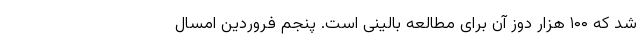
شد که ۱۰۰ هزار دوز آن برای مطالعه بالینی است. پنجم فروردین امسال